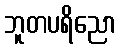
ဘူတပရိညော